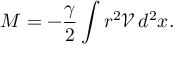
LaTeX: M = - \frac { \gamma } { 2 } \int r ^ { 2 } \mathcal { V } \, d ^ { 2 } x .